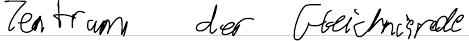
Zentrum der Gleichnisrede